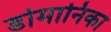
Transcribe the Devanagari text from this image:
डोमानिका